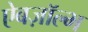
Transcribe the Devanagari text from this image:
ऐबज़ॉल्भ